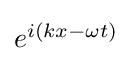
{\textstyle e^{i(kx-\omega t)}}